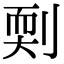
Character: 㓴